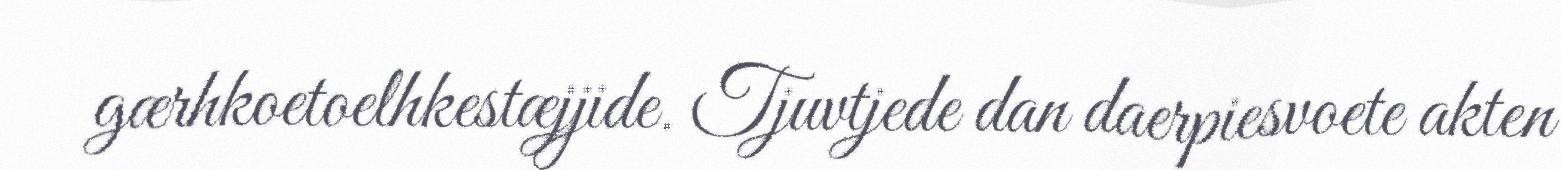
gærhkoetoelhkestæjjide. Tjuvtjede dan daerpiesvoete akten